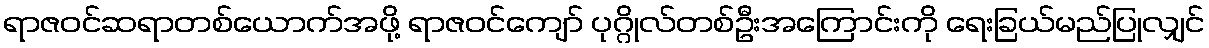
ရာဇဝင်ဆရာတစ်ယောက်အဖို့ ရာဇဝင်ကျော် ပုဂ္ဂိုလ်တစ်ဦးအကြောင်းကို ရေးခြယ်မည်ပြုလျှင်